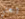
إبحثي